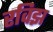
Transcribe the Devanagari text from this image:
रविझ